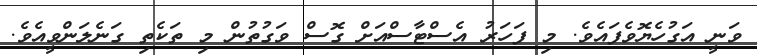
ވަނީ އަގުހެޔޮވެފައެވެ. މި ފަހަރު އެސްޓާސްއަށް ގޮސް ވަގުތުން މި ތަކެތި ގަނެލަންވީއެވެ.